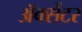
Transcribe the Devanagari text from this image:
ॲक्सेंटर